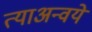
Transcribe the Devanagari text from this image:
त्याअन्वये